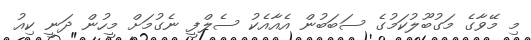
މި މޭވާގެ މަގުބޫލުކަމުގެ ސަބަބުން އެއާއެކު ސެލްފީ ނެގުމަށް މީހުން ދަނީ ކިއު